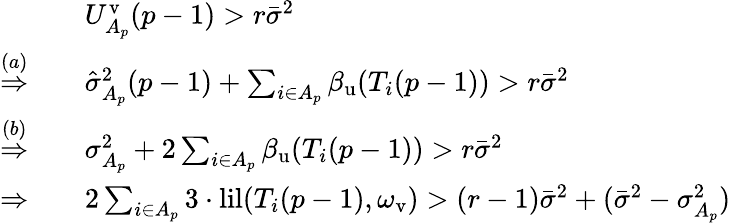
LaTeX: \begin{array}{rl}&{U_{A_{p}}^{\mathrm{v}}(p-1)>r\bar{\sigma}^{2}}\\ {\overset{(a)}{\Rightarrow}\quad}&{\hat{\sigma}_{A_{p}}^{2}(p-1)+\sum_{i\in A_{p}}\beta_{\mathrm{u}}(T_{i}(p-1))>r\bar{\sigma}^{2}}\\ {\overset{(b)}{\Rightarrow}\quad}&{\sigma_{A_{p}}^{2}+2\sum_{i\in A_{p}}\beta_{\mathrm{u}}(T_{i}(p-1))>r\bar{\sigma}^{2}}\\ {\Rightarrow\quad}&{2\sum_{i\in A_{p}}3\cdot\mathrm{lil}(T_{i}(p-1),\omega_{\mathrm{v}})>(r-1)\bar{\sigma}^{2}+(\bar{\sigma}^{2}-\sigma_{A_{p}}^{2})}\end{array}